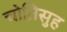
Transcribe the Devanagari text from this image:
चोतिसुह